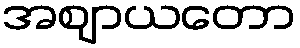
အဈာယတော